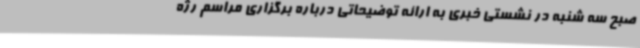
صبح سه شنبه در نشستی خبری به ارائه توضیحاتی درباره برگزاری مراسم رژه